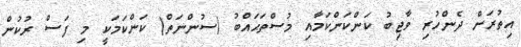
އިތުރަށް ދެންހުރި ވާޖިބު ކަންކަންކަމާއި މުސްތަޙައްބު (ސުންނަތް) ކަންކަމަކީ މި ފަސް ރުކުން